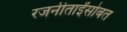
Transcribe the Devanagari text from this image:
रजनीताईंसोबत